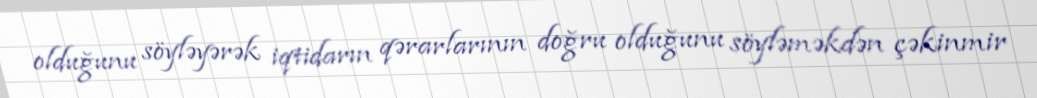
olduğunu söyləyərək iqtidarın qərarlarının doğru olduğunu söyləməkdən çəkinmir